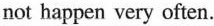
not happen very often.